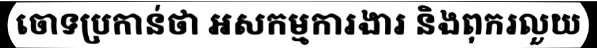
ចោទប្រកាន់ថា អសកម្មការងារ និងពុករលួយ